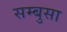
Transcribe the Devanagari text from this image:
सम्बुसा